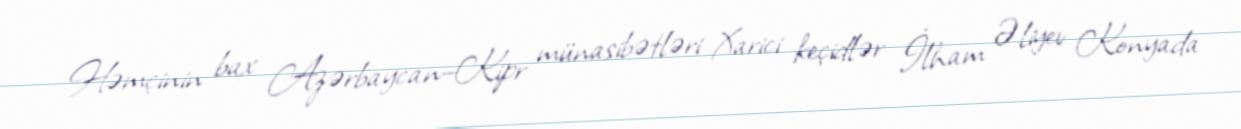
Həmçinin bax Azərbaycan–Kipr münasibətləri Xarici keçidlər İlham Əliyev Konyada